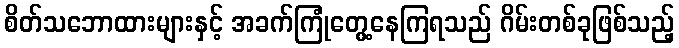
စိတ်သဘောထားများနှင့် အခက်ကြုံတွေ့နေကြရသည် ဂိမ်းတစ်ခုဖြစ်သည့်